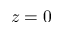
z = 0